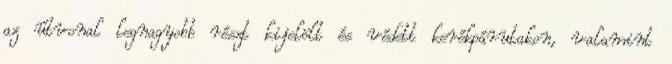
az útvonal legnagyobb részt kijelölt és védett kerékpárutakon, valamint